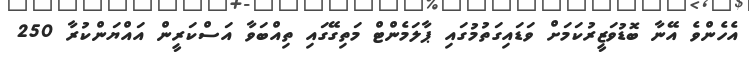
އެހެންވެ އޭނާ ބޮޑުވަޒީރުކަމަށް ވަޑައިގަތުމުގައި ޕާލަމެންޓް މަތިގޭގައި ތިއްބަވާ އަސްކަރީން އައްޔަންކުރާ 250